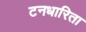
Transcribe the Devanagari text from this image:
टनधारिता